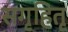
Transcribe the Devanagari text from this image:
सगृहितृ